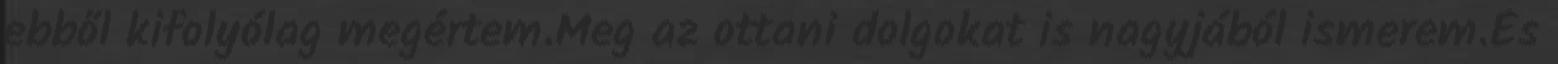
ebből kifolyólag megértem.Meg az ottani dolgokat is nagyjából ismerem.És